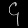
Digit: ၄